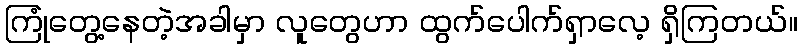
ကြုံတွေ့နေတဲ့အခါမှာ လူတွေဟာ ထွက်ပေါက်ရှာလေ့ ရှိကြတယ်။